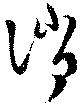
消